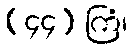
(၄၄) ကြံ၊